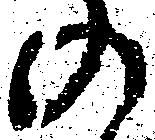
の